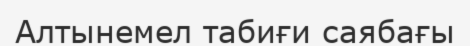
Алтынемел табиғи саябағы